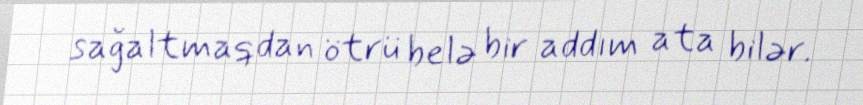
sağaltmaqdan ötrü belə bir addım ata bilər.